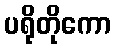
ပရိုတိုကော